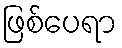
ဖြစ်ပေရာ